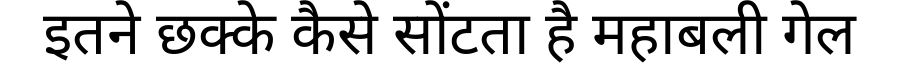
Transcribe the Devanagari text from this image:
इतने छक्के कैसे सोंटता है महाबली गेल